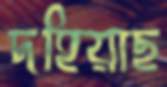
দহিয়াছ